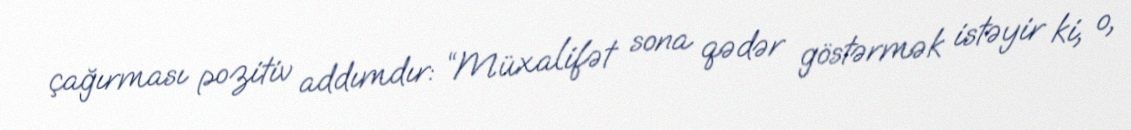
çağırması pozitiv addımdır: “Müxalifət sona qədər göstərmək istəyir ki, o,